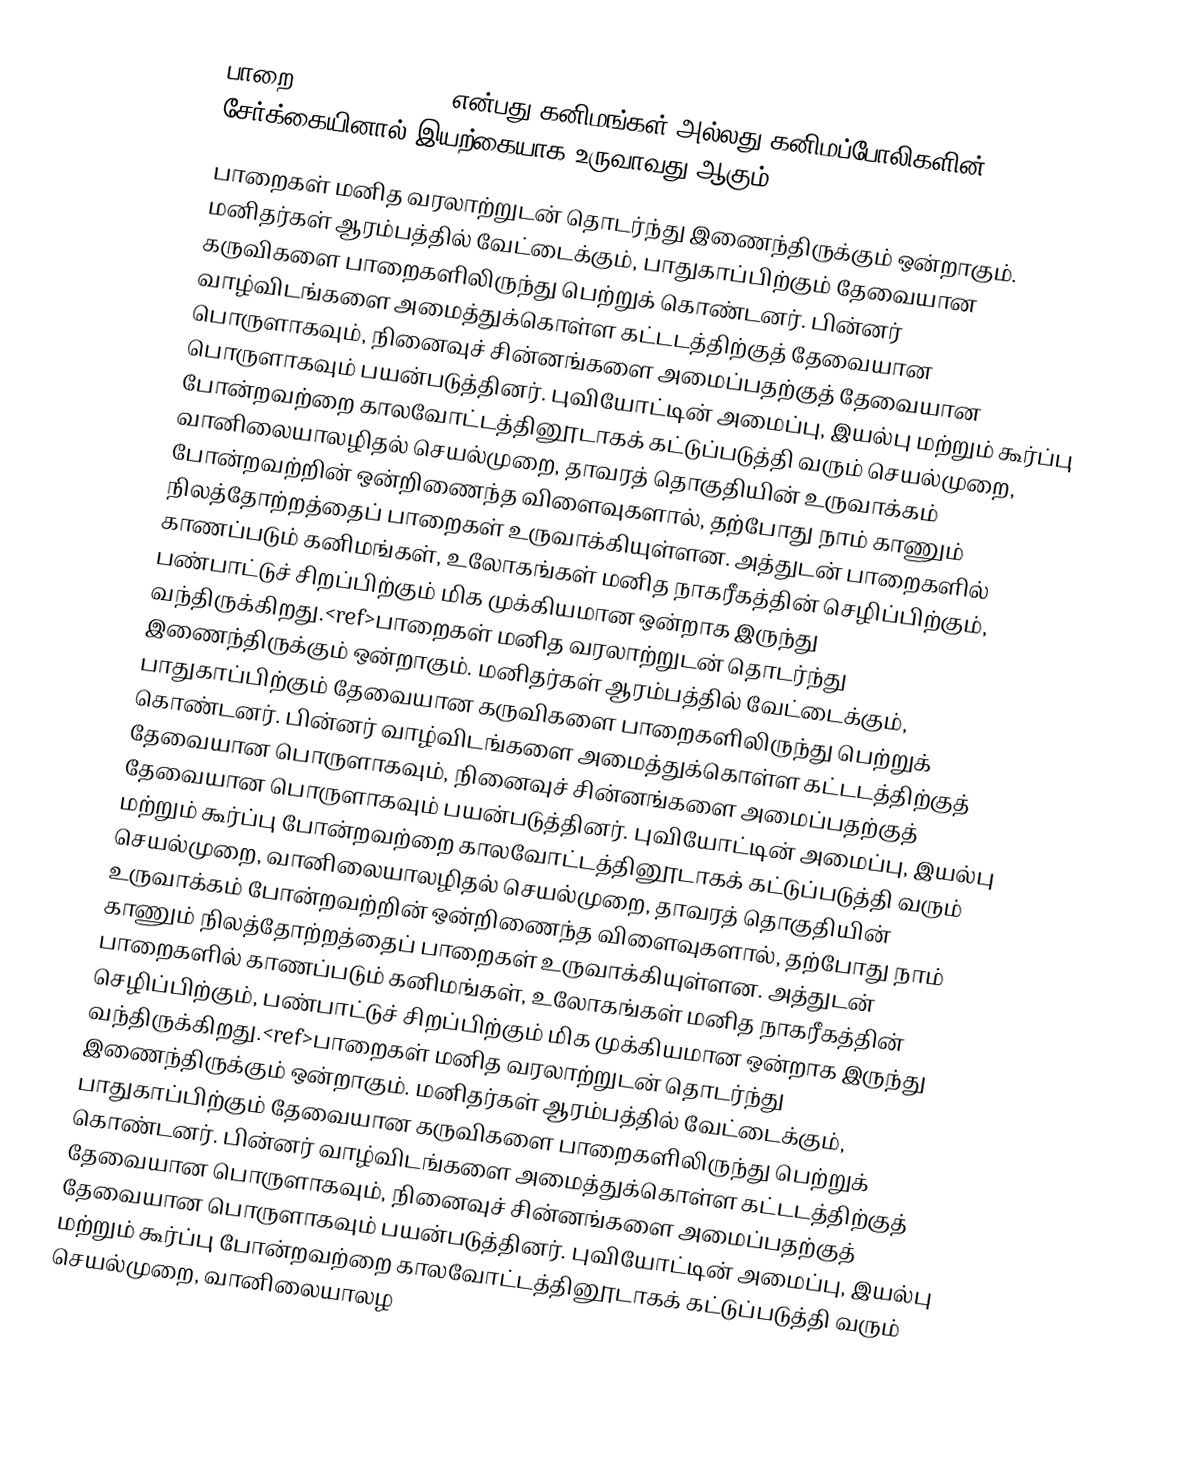
பாறை (rock or stone) என்பது கனிமங்கள் அல்லது கனிமப்போலிகளின் சேர்க்கையினால் இயற்கையாக உருவாவது ஆகும்.
பாறைகள் மனித வரலாற்றுடன் தொடர்ந்து இணைந்திருக்கும் ஒன்றாகும். மனிதர்கள் ஆரம்பத்தில் வேட்டைக்கும், பாதுகாப்பிற்கும் தேவையான கருவிகளை பாறைகளிலிருந்து பெற்றுக் கொண்டனர். பின்னர் வாழ்விடங்களை அமைத்துக்கொள்ள கட்டடத்திற்குத் தேவையான பொருளாகவும், நினைவுச் சின்னங்களை அமைப்பதற்குத் தேவையான பொருளாகவும் பயன்படுத்தினர். புவியோட்டின் அமைப்பு, இயல்பு மற்றும் கூர்ப்பு போன்றவற்றை காலவோட்டத்தினூடாகக் கட்டுப்படுத்தி வரும் செயல்முறை, வானிலையாலழிதல் செயல்முறை, தாவரத் தொகுதியின் உருவாக்கம் போன்றவற்றின் ஒன்றிணைந்த விளைவுகளால், தற்போது நாம் காணும் நிலத்தோற்றத்தைப் பாறைகள் உருவாக்கியுள்ளன. அத்துடன் பாறைகளில் காணப்படும் கனிமங்கள், உலோகங்கள் மனித நாகரீகத்தின் செழிப்பிற்கும், பண்பாட்டுச் சிறப்பிற்கும் மிக முக்கியமான ஒன்றாக இருந்து வந்திருக்கிறது.<ref>பாறைகள் மனித வரலாற்றுடன் தொடர்ந்து இணைந்திருக்கும் ஒன்றாகும். மனிதர்கள் ஆரம்பத்தில் வேட்டைக்கும், பாதுகாப்பிற்கும் தேவையான கருவிகளை பாறைகளிலிருந்து பெற்றுக் கொண்டனர். பின்னர் வாழ்விடங்களை அமைத்துக்கொள்ள கட்டடத்திற்குத் தேவையான பொருளாகவும், நினைவுச் சின்னங்களை அமைப்பதற்குத் தேவையான பொருளாகவும் பயன்படுத்தினர். புவியோட்டின் அமைப்பு, இயல்பு மற்றும் கூர்ப்பு போன்றவற்றை காலவோட்டத்தினூடாகக் கட்டுப்படுத்தி வரும் செயல்முறை, வானிலையாலழிதல் செயல்முறை, தாவரத் தொகுதியின் உருவாக்கம் போன்றவற்றின் ஒன்றிணைந்த விளைவுகளால், தற்போது நாம் காணும் நிலத்தோற்றத்தைப் பாறைகள் உருவாக்கியுள்ளன. அத்துடன் பாறைகளில் காணப்படும் கனிமங்கள், உலோகங்கள் மனித நாகரீகத்தின் செழிப்பிற்கும், பண்பாட்டுச் சிறப்பிற்கும் மிக முக்கியமான ஒன்றாக இருந்து வந்திருக்கிறது.<ref>பாறைகள் மனித வரலாற்றுடன் தொடர்ந்து இணைந்திருக்கும் ஒன்றாகும். மனிதர்கள் ஆரம்பத்தில் வேட்டைக்கும், பாதுகாப்பிற்கும் தேவையான கருவிகளை பாறைகளிலிருந்து பெற்றுக் கொண்டனர். பின்னர் வாழ்விடங்களை அமைத்துக்கொள்ள கட்டடத்திற்குத் தேவையான பொருளாகவும், நினைவுச் சின்னங்களை அமைப்பதற்குத் தேவையான பொருளாகவும் பயன்படுத்தினர். புவியோட்டின் அமைப்பு, இயல்பு மற்றும் கூர்ப்பு போன்றவற்றை காலவோட்டத்தினூடாகக் கட்டுப்படுத்தி வரும் செயல்முறை, வானிலையாலழ